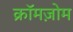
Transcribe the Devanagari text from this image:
क्रॉमज़ोम